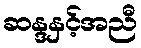
ဆန္ဒနှင့်အညီ